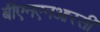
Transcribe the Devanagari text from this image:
बीएनएनआरसी